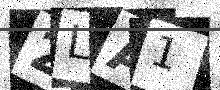
Text: 2LA1